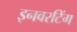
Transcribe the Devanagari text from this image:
इनवरटिंग